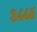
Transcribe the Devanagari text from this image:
३४४५